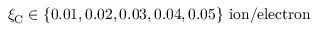
\xi _ { \mathrm { C } } \in \{ 0 . 0 1 , 0 . 0 2 , 0 . 0 3 , 0 . 0 4 , 0 . 0 5 \} ~ \mathrm { i o n / e l e c t r o n }